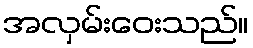
အလှမ်းဝေးသည်။